Report on vaccination in Madras 1922-1929 - 1922-1929
Year: 1922
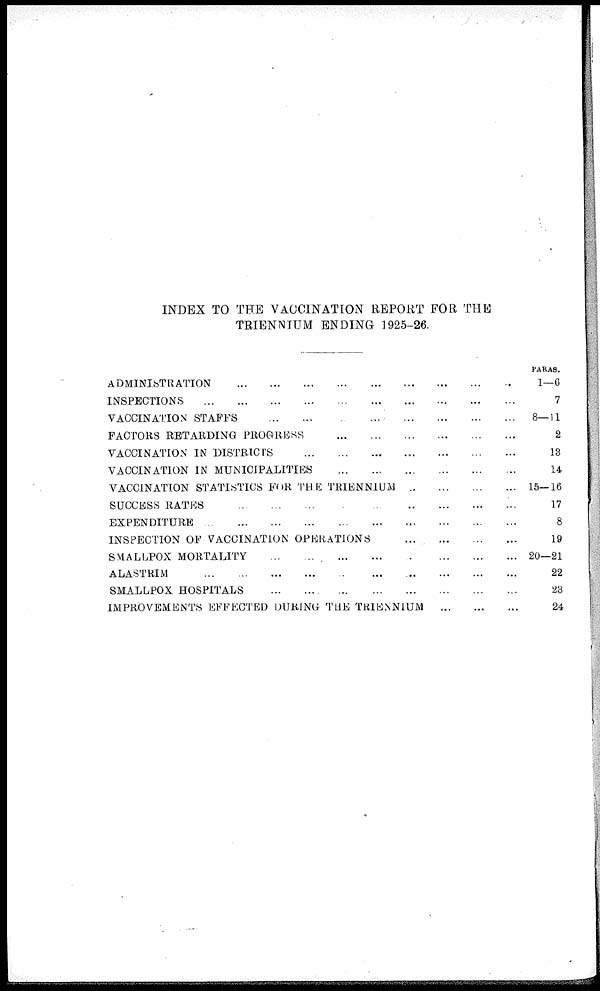
INDEX TO THE VACCINATION REPORT FOR THE
TRIENNIUM ENDING 1925-26.
ADMINISTRATION
...
...
...
...
...
...
...
...
...
INSPECTIONS
...
...
...
...
...
...
...
...
...
...
VACCINATION STAFFS
...
...
...
...
...
...
...
...
...
FACTORS RETARDING PROGRESS
...
...
...
...
...
...
...
VACCINATION IN DISTRICTS ... ... ... ... ... ... ... ...
VACCINATION IN MUNICIPALITIES
...
...
...
...
...
...
...
VACCINATION STATISTICS FOR THE TRIENNIUM ... ... ... ...
SUCCESS RATES
...
...
...
...
...
...
...
...
...
EXPENDITURE
...
...
...
...
...
...
...
...
...
...
...
INSPECTION OF VACCINATION OPERATIONS ... ... ... ...
SMALLPOX MORTALITY
...
...
...
...
...
...
...
...
...
ALASTRIM ... ... ... ... ... ... ... ... ...
SMALLPOX HOSPITALS
...
...
...
...
...
...
...
...
...
IMPROVEMENTS EFFECTED DURING THE TRIENNIUM
...
...
...
PARAS.
1—6
7
8—11
2
13
14
15—16
17
8
19
20—21
22
23
24